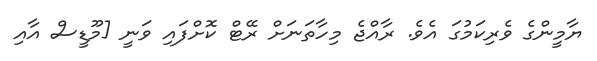
ޔާމީންގެ ވެރިކަމުގަ އެވެ. ރާއްޖެ މިހާތަނަށް ރޭޓް ކޮށްފައި ވަނީ [މޫޑީސް އާއި